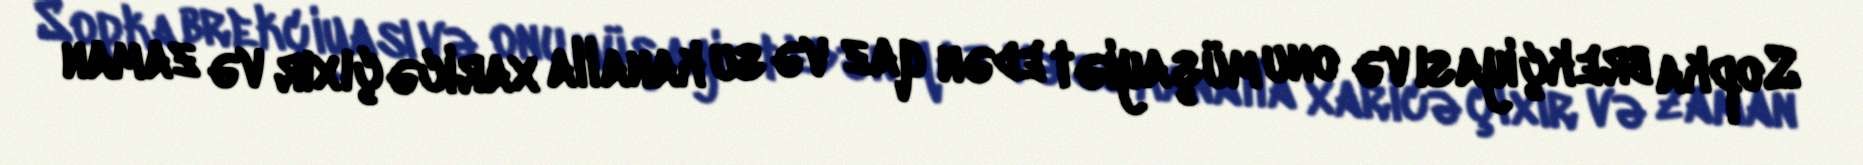
Sopka brekçiyası və onu müşayiət edən qaz və su kanalla xaricə çıxır və zaman